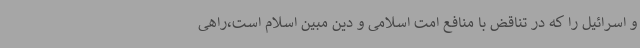
و اسرائیل را که در تناقض با منافع امت اسلامی و دین مبین اسلام است،راهی